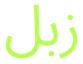
زبل